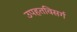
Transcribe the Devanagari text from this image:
उपहतविसर्ग